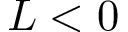
L < 0